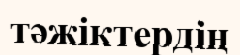
тәжіктердің